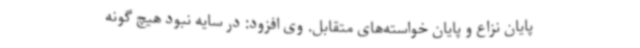
پایان نزاع و پایان خواسته‌های متقابل. وی افزود: در سایه نبود هیچ گونه